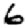
Digit: 6